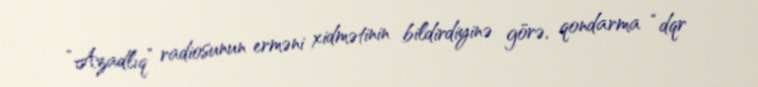
“Azadlıq” radiosunun erməni xidmətinin bildirdiyinə görə, qondarma “dqr